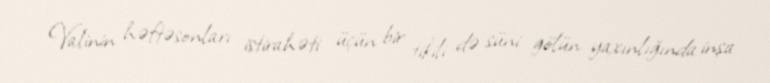
Valinin həftəsonları istirahəti üçün bir tikili də süni gölün yaxınlığında inşa